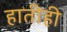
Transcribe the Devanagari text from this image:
हातीही